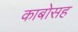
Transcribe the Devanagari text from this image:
काबोसह